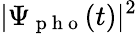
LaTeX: |\Psi_{\mathrm{~p~h~o~}}(t)|^{2}